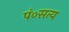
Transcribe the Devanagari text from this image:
पं०सत्य